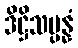
ဒိဋ္ဌိသမ္ပန္နံ